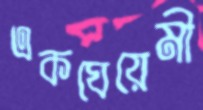
একঘেয়েমী